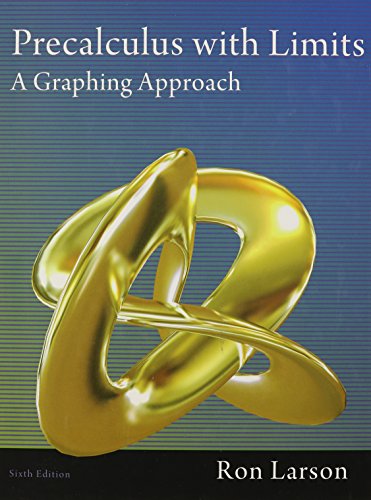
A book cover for Precalculus with Limits: A Graphing Approach; Ron Larson; Science & Math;